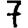
Digit: 7